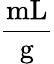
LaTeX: \frac{\mathrm{mL}}{\mathrm{g}}